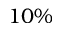
1 0 \%